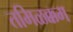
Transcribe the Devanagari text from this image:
तमिळक्कम